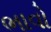
ભાવો